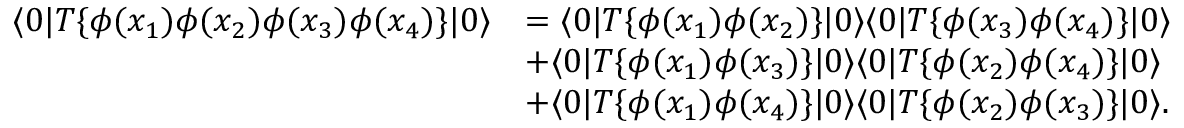
{ \begin{array} { r l } { \langle 0 | T \{ \phi ( x _ { 1 } ) \phi ( x _ { 2 } ) \phi ( x _ { 3 } ) \phi ( x _ { 4 } ) \} | 0 \rangle } & { = \langle 0 | T \{ \phi ( x _ { 1 } ) \phi ( x _ { 2 } ) \} | 0 \rangle \langle 0 | T \{ \phi ( x _ { 3 } ) \phi ( x _ { 4 } ) \} | 0 \rangle } \\ & { + \langle 0 | T \{ \phi ( x _ { 1 } ) \phi ( x _ { 3 } ) \} | 0 \rangle \langle 0 | T \{ \phi ( x _ { 2 } ) \phi ( x _ { 4 } ) \} | 0 \rangle } \\ & { + \langle 0 | T \{ \phi ( x _ { 1 } ) \phi ( x _ { 4 } ) \} | 0 \rangle \langle 0 | T \{ \phi ( x _ { 2 } ) \phi ( x _ { 3 } ) \} | 0 \rangle . } \end{array} }